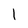
Character: l